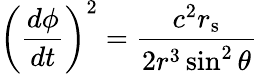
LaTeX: \left({\frac{d\phi}{dt}}\right)^{2}={\frac{c^{2}r_{\mathrm{{s}}}}{2r^{3}\sin^{2}\theta}}